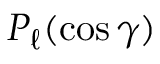
P _ { \ell } ( \cos \gamma )